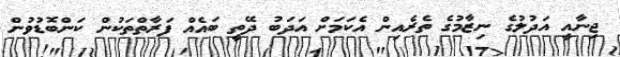
ޖިނާއީ އަދުލުގެ ނިޒާމުގެ ތެރެއިން އެކަމަށް އަދަބު ދޭތީ ބައެއް ފަރާތްތަކުން ކަންބޮޑުވުން